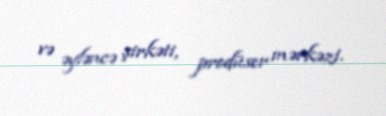
və əyləncə şirkəti, prodüser mərkəzi.